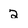
Character: 2